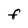
Character: F